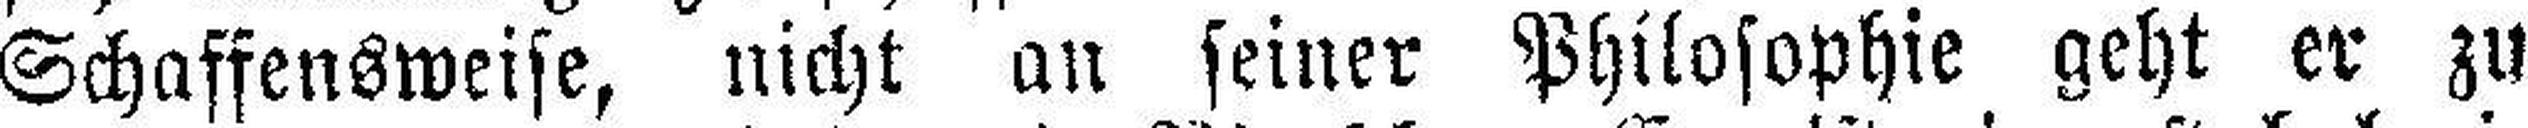
Schaffensweise, nicht an seiner Philosophie geht er zu